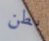
بطن